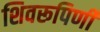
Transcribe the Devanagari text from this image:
शिवरूपिणी